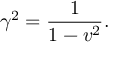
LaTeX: \gamma ^ { 2 } = { \frac { 1 } { 1 - v ^ { 2 } } } .